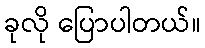
ခုလို ပြောပါတယ်။